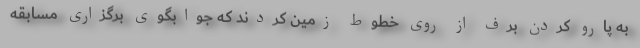
به پارو کردن برف از روی خطوط زمین کردند که جوابگوی برگزاری مسابقه